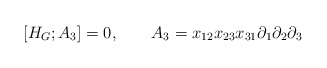
\begin{align*}[H_G;A_3]=0,\quad\quad A_3=x_{12}x_{23}x_{31}\partial_1\partial_2\partial_3\end{align*}